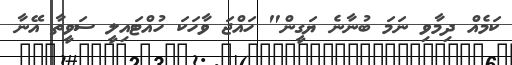
ކަމެއް ދިމާވި ނަމަ ބުނާނެ ޔަގީން" ހައްޖަ ވާހަކަ ހުއްޓައިލީ ސަވީތާ އޭނާ